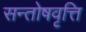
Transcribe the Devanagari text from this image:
सन्तोषवृत्ति